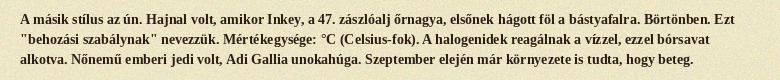
A másik stílus az ún. Hajnal volt, amikor Inkey, a 47. zászlóalj őrnagya, elsőnek hágott föl a bástyafalra. Börtönben. Ezt "behozási szabálynak" nevezzük. Mértékegysége: °C (Celsius-fok). A halogenidek reagálnak a vízzel, ezzel bórsavat alkotva. Nőnemű emberi jedi volt, Adi Gallia unokahúga. Szeptember elején már környezete is tudta, hogy beteg.